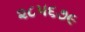
૨૮૫૬૭૯